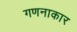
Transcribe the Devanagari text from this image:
गणनाकार